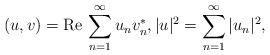
LaTeX: \begin{align*}(u,v)={\rm Re}\,\sum_{n=1}^\infty u_n v_n^*,|u|^2 =\sum_{n=1}^\infty |u_n|^2,\end{align*}